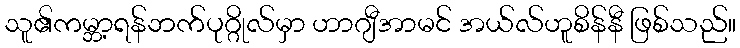
သူ၏ကမ္ဘာ့ရန်ဘက်ပုဂ္ဂိုလ်မှာ ဟာဂျီအာမင် အယ်လ်ဟူစိန်နီ ဖြစ်သည်။